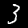
Digit: 3